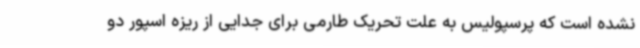
نشده است که پرسپولیس به علت تحریک طارمی برای جدایی از ریزه اسپور دو